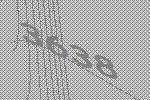
3638